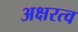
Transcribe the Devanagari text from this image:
अक्षरत्व